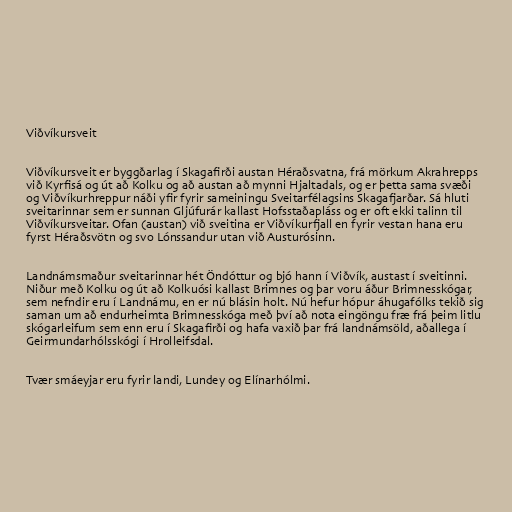
Viðvíkursveit

Viðvíkursveit er byggðarlag í Skagafirði austan Héraðsvatna, frá mörkum Akrahrepps
við Kyrfisá og út að Kolku og að austan að mynni Hjaltadals, og er þetta sama svæði
og Viðvíkurhreppur náði yfir fyrir sameiningu Sveitarfélagsins Skagafjarðar. Sá hluti
sveitarinnar sem er sunnan Gljúfurár kallast Hofsstaðapláss og er oft ekki talinn til
Viðvíkursveitar. Ofan (austan) við sveitina er Viðvíkurfjall en fyrir vestan hana eru
fyrst Héraðsvötn og svo Lónssandur utan við Austurósinn.

Landnámsmaður sveitarinnar hét Öndóttur og bjó hann í Viðvík, austast í sveitinni.
Niður með Kolku og út að Kolkuósi kallast Brimnes og þar voru áður Brimnesskógar,
sem nefndir eru í Landnámu, en er nú blásin holt. Nú hefur hópur áhugafólks tekið sig
saman um að endurheimta Brimnesskóga með því að nota eingöngu fræ frá þeim litlu
skógarleifum sem enn eru í Skagafirði og hafa vaxið þar frá landnámsöld, aðallega í
Geirmundarhólsskógi í Hrolleifsdal.

Tvær smáeyjar eru fyrir landi, Lundey og Elínarhólmi.